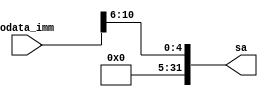
`timescale 1ns / 1ps
//////////////////////////////////////////////////////////////////////////////////
// Company: 
// Engineer: 
// 
// Design Name: 
// Module Name:    imme2sa
// Project Name: 
// Target Devices: 
// Tool versions: 
// Description: 
//
// Dependencies: 
//
// Revision: 
// Revision 0.01 - File Created
// Additional Comments: 
//
//////////////////////////////////////////////////////////////////////////////////
module imm2sa(odata_imm,sa);
	input[31:0] odata_imm;
	output[31:0] sa;
	
	assign sa = {27'b0,odata_imm[10:6]};
endmodule